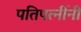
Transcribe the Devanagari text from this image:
पतिपत्नींनी